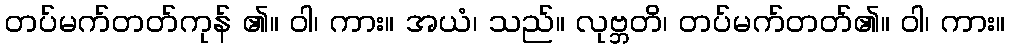
တပ်မက်တတ်ကုန် ၏။ ဝါ၊ ကား။ အယံ၊ သည်။ လုဗ္ဘတိ၊ တပ်မက်တတ်၏။ ဝါ၊ ကား။